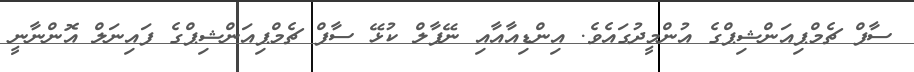
ސާފް ޗެމްޕިއަންޝިޕްގެ އުންމީދުގައެވެ. އިންޑިއާއާއި ނޭޕާލް ކުޅޭ ސާފް ޗެމްޕިއަންޝިޕްގެ ފައިނަލް އޮންނާނީ